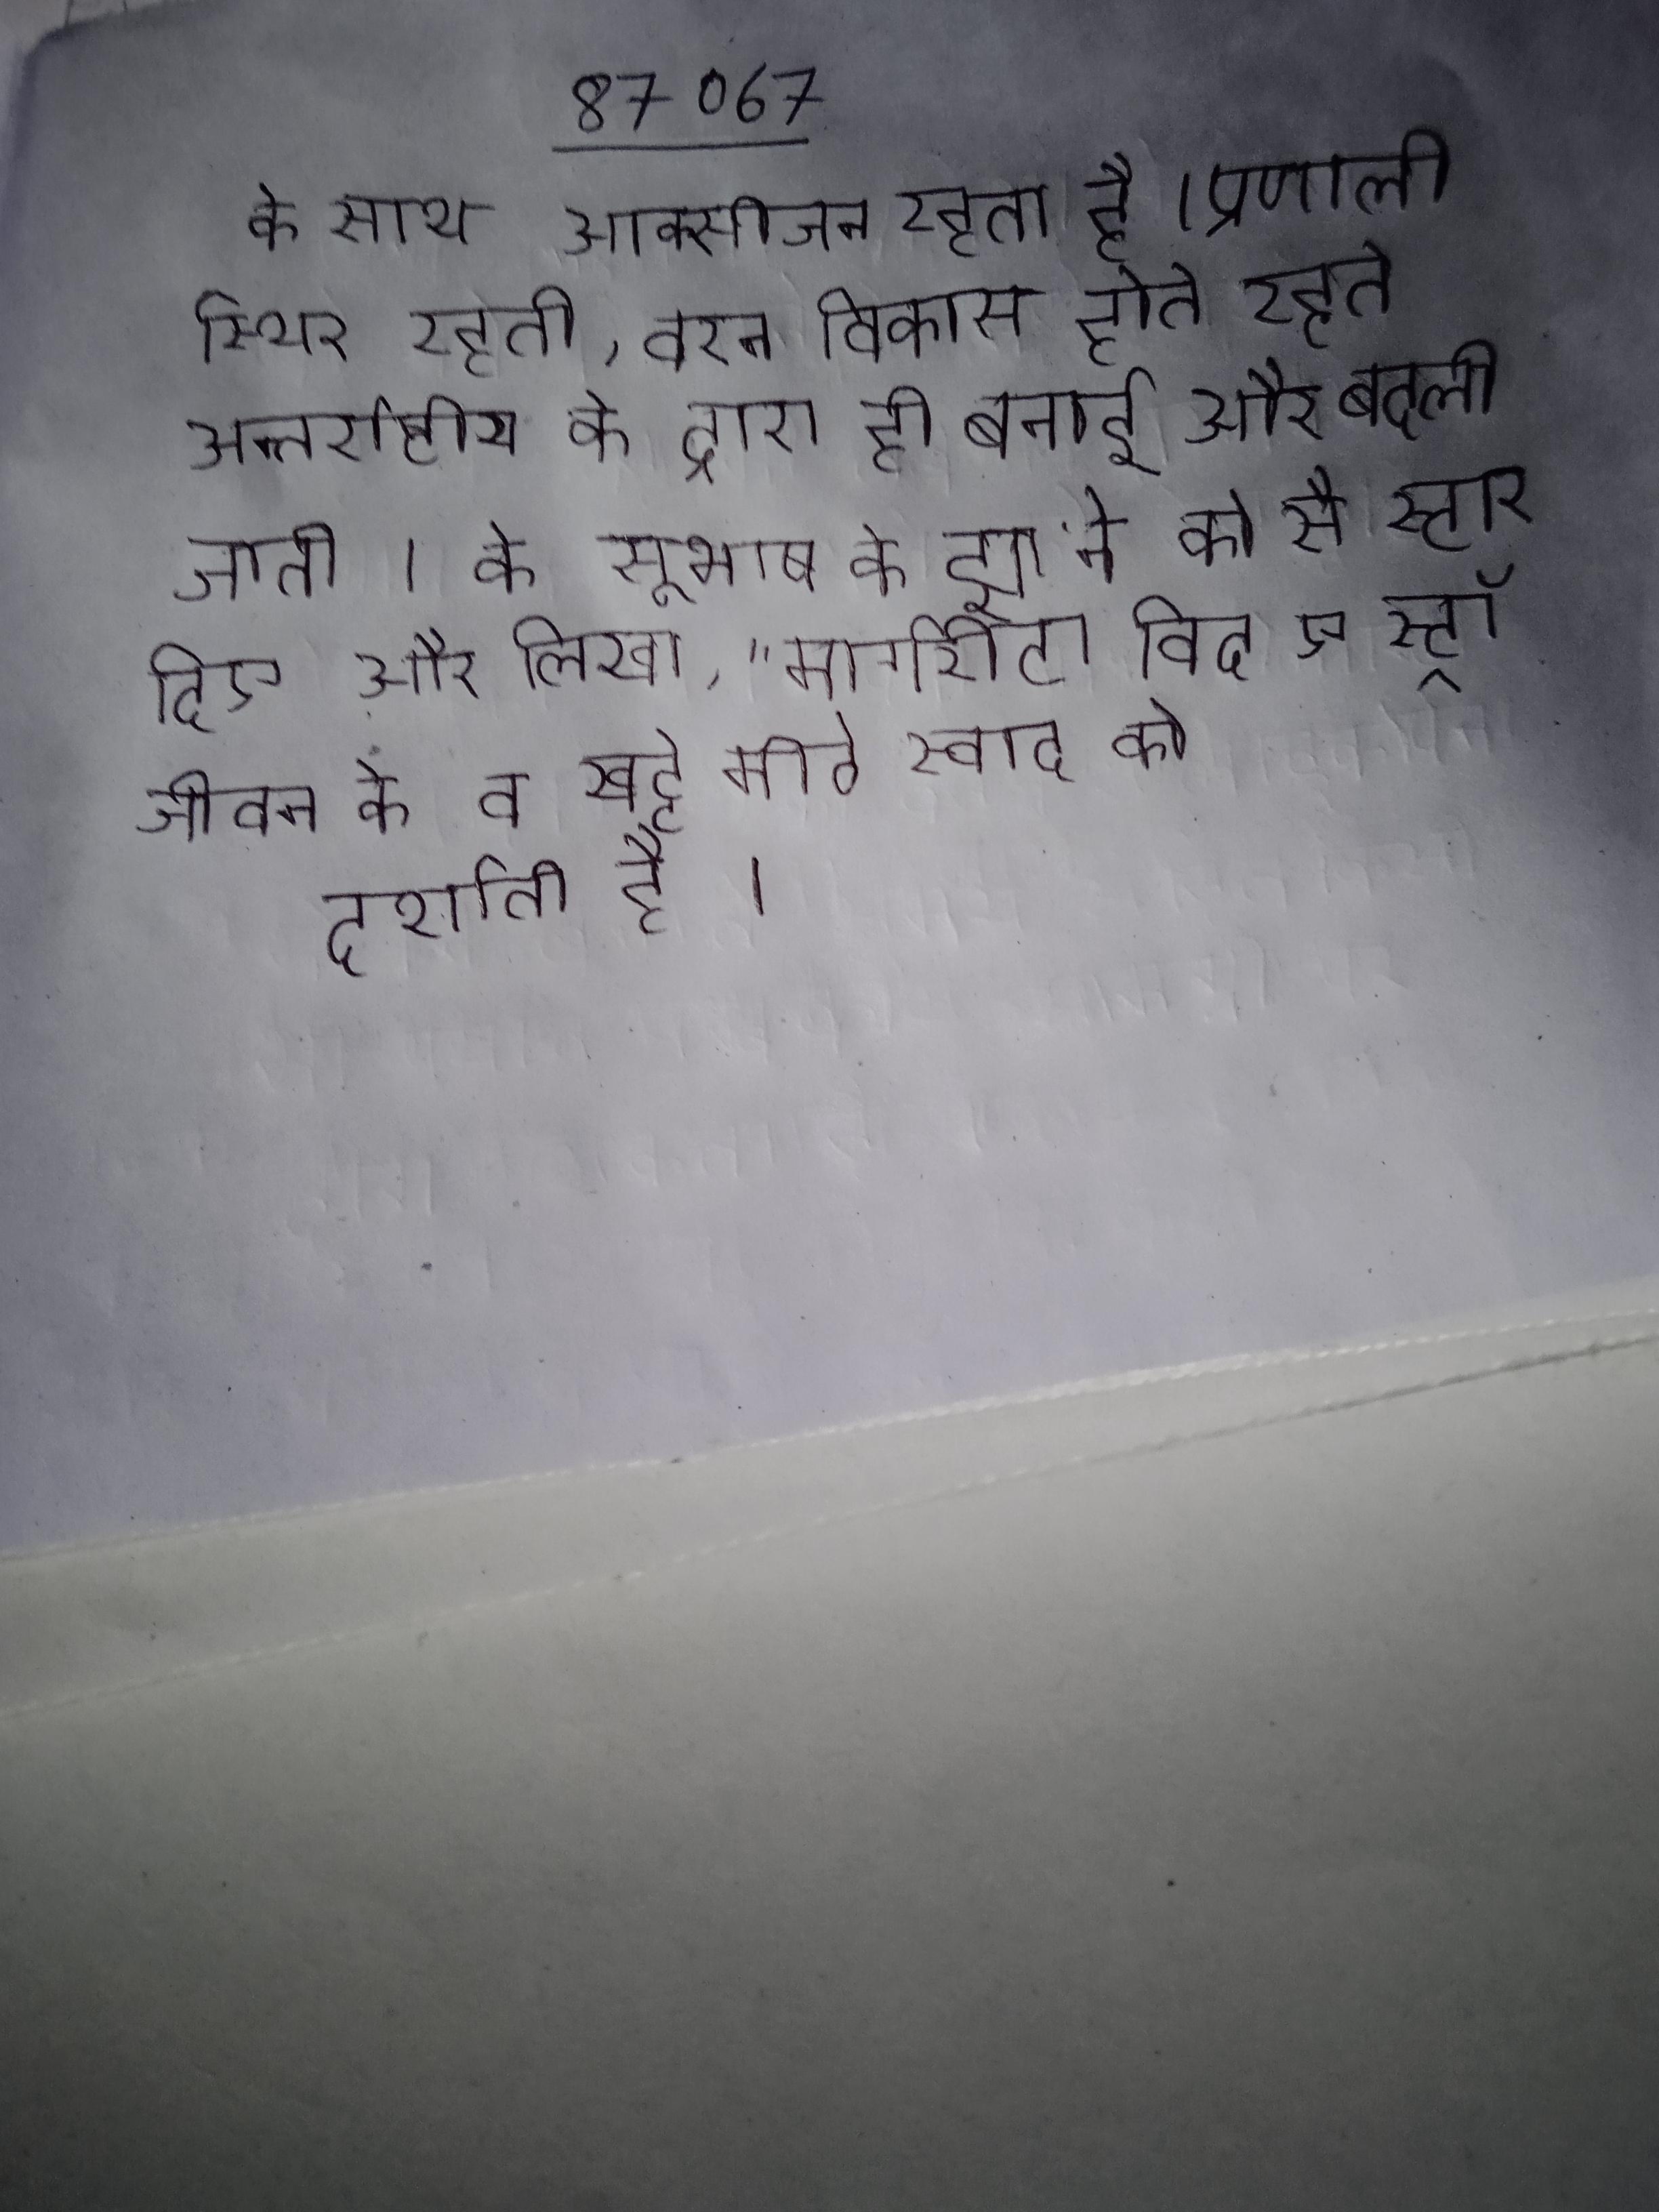
के साथ आक्सीजन रहता है । प्रणाली स्थिर रहती, वरन विकास होते रहते अन्तर्राष्ट्रीय के द्वारा ही बनाई और बदली जाती । के सुभाष के झा ने को से स्टार दिए और लिखा, "मार्गरीटा विद ए स्ट्रॉ जीवन के व खट्टे मीठे स्वाद को दर्शाती है ।